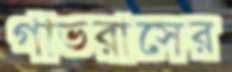
গাভরাসের